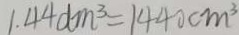
1 . 4 4 d m ^ { 3 } = 1 4 4 0 c m ^ { 3 }